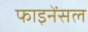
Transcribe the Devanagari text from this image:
फाइनेंसल